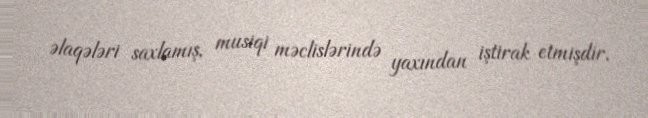
əlaqələri saxlamış, musiqi məclislərində yaxından iştirak etmişdir.